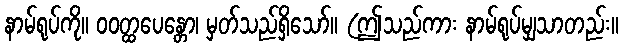
နာမ်ရုပ်ကို။ ဝဝတ္ထပေန္တော၊ မှတ်သည်ရှိသော်။ (ဤသည်ကား နာမ်ရုပ်မျှသာတည်း။